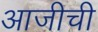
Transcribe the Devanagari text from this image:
आजीची